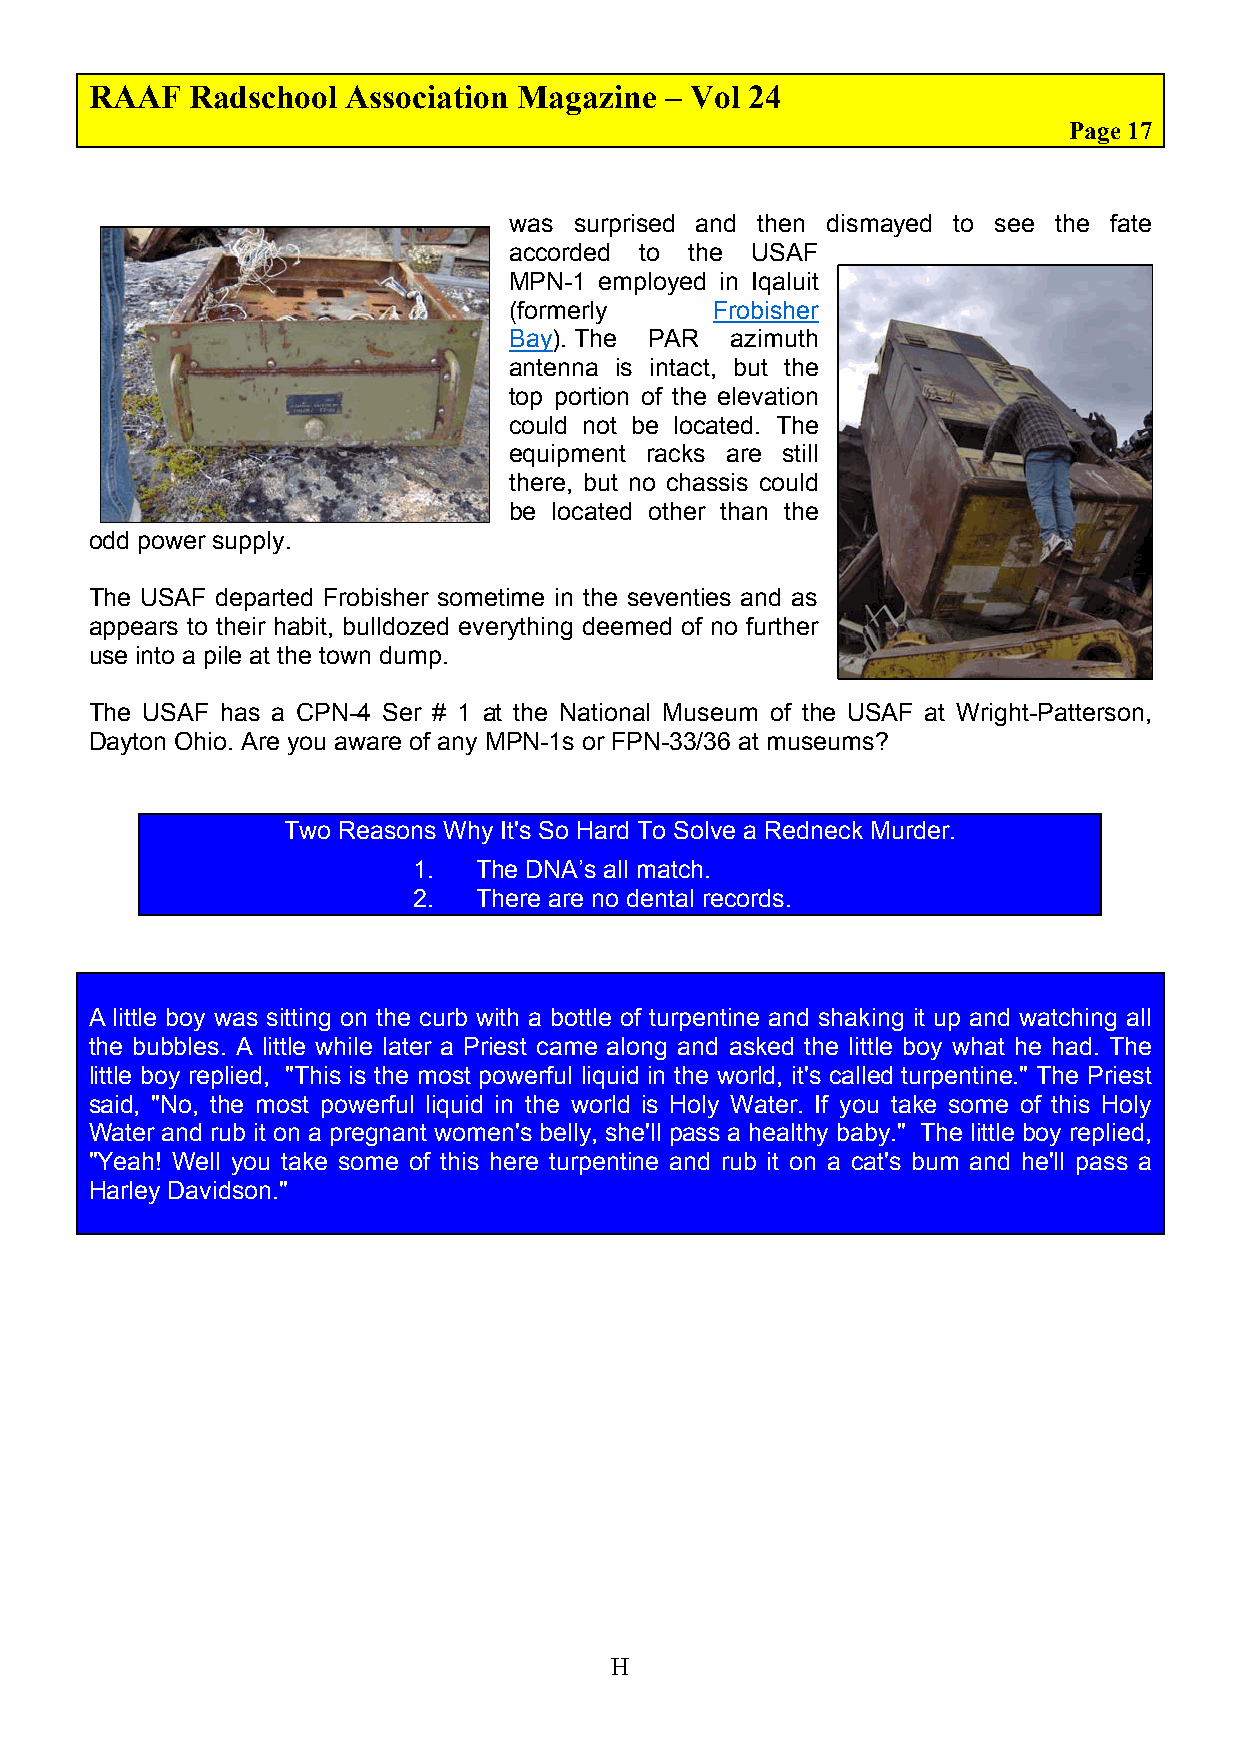
RAAF   Radschool Association Magazine – Vol 24
 Page 17
 was surprised and then dismayed to see the fate
 accorded to the USAF
 MPN-1 employed in Iqaluit
 (formerly    Frobisher
 Bay). The PAR azimuth
 antenna is intact, but the
 top portion of the elevation
 could not be located. The
 equipment racks are still
 there, but no chassis could
 be located other than the
 odd power supply.
 The USAF departed Frobisher sometime in the seventies and as
 appears to their habit, bulldozed everything deemed of no further
 use into a pile at the town dump.
 The USAF has a CPN-4 Ser # 1 at the National Museum of the USAF at Wright-Patterson,
 Dayton Ohio. Are you aware of any MPN-1s or FPN-33/36 at museums?
 Two Reasons Why It's So Hard To Solve a Redneck Murder.
 1.   The DNA’s all match.
 2.   There are no dental records.
 A little boy was sitting on the curb with a bottle of turpentine and shaking it up and watching all
 the bubbles. A little while later a Priest came along and asked the little boy what he had. The
 little boy replied, "This is the most powerful liquid in the world, it's called turpentine." The Priest
 said, "No, the most powerful liquid in the world is Holy Water. If you take some of this Holy
 Water and rub it on a pregnant women's belly, she'll pass a healthy baby." The little boy replied,
 "Yeah! Well you take some of this here turpentine and rub it on a cat's bum and he'll pass a
 Harley Davidson."
 H